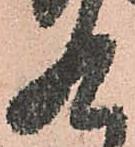
九